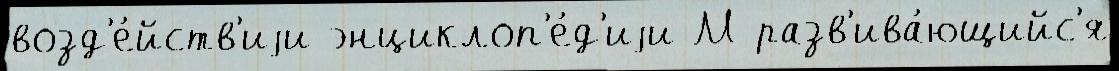
возд'е́йств'иjи энциклоп'е́д'иjи М разв'ива́ющийс'я